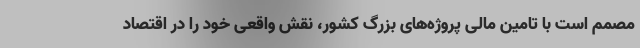
مصمم است با تامین مالی پروژه‌های بزرگ کشور، نقش واقعی خود را در اقتصاد